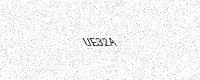
Text: UE32A